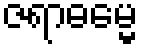
ဇရာဓမ္မေ